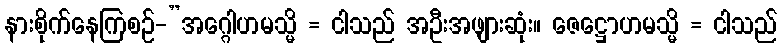
နားစိုက်နေကြစဉ်-”အဂ္ဂေါဟမသ္မိ = ငါသည် အဦးအဖျားဆုံး။ ဇေဋ္ဌောဟမသ္မိ = ငါသည်